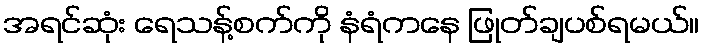
အရင်ဆုံး ရေသန့်စက်ကို နံရံကနေ ဖြုတ်ချပစ်ရမယ်။